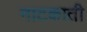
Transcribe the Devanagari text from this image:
नाटकाती